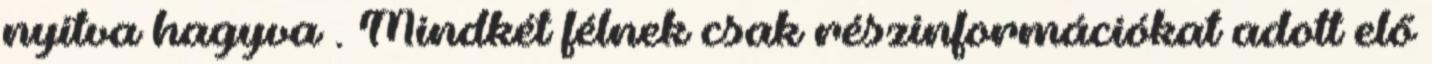
nyitva hagyva . Mindkét félnek csak részinformációkat adott elő